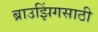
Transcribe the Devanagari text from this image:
ब्राउझिंगसाठी